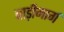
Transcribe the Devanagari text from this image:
बाड़ीमार्ग